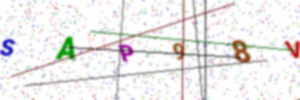
Text: SAP98V